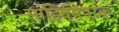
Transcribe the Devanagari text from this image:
साहित्यपरक